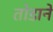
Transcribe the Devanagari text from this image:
तोडाने